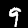
Digit: 9